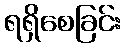
ရရှိစေခြင်း